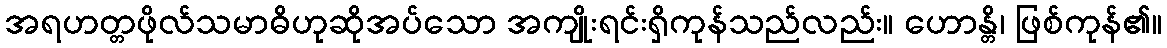
အရဟတ္တဖိုလ်သမာဓိဟုဆိုအပ်သော အကျိုးရင်းရှိကုန်သည်လည်း။ ဟောန္တိ၊ ဖြစ်ကုန်၏။